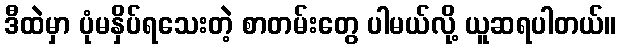
ဒီထဲမှာ ပုံမနှိပ်ရသေးတဲ့ စာတမ်းတွေ ပါမယ်လို့ ယူဆရပါတယ်။